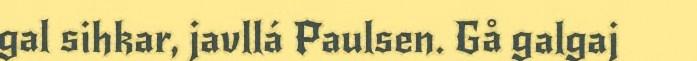
gal sihkar, javllá Paulsen. Gå galgaj